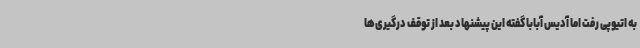
به اتیوپی رفت اما آدیس آبابا گفته این پیشنهاد بعد از توقف درگیری‌ها